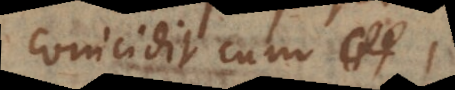
coincidit cum 1.